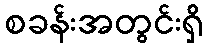
စခန်းအတွင်းရှိ